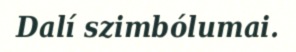
Dalí szimbólumai.